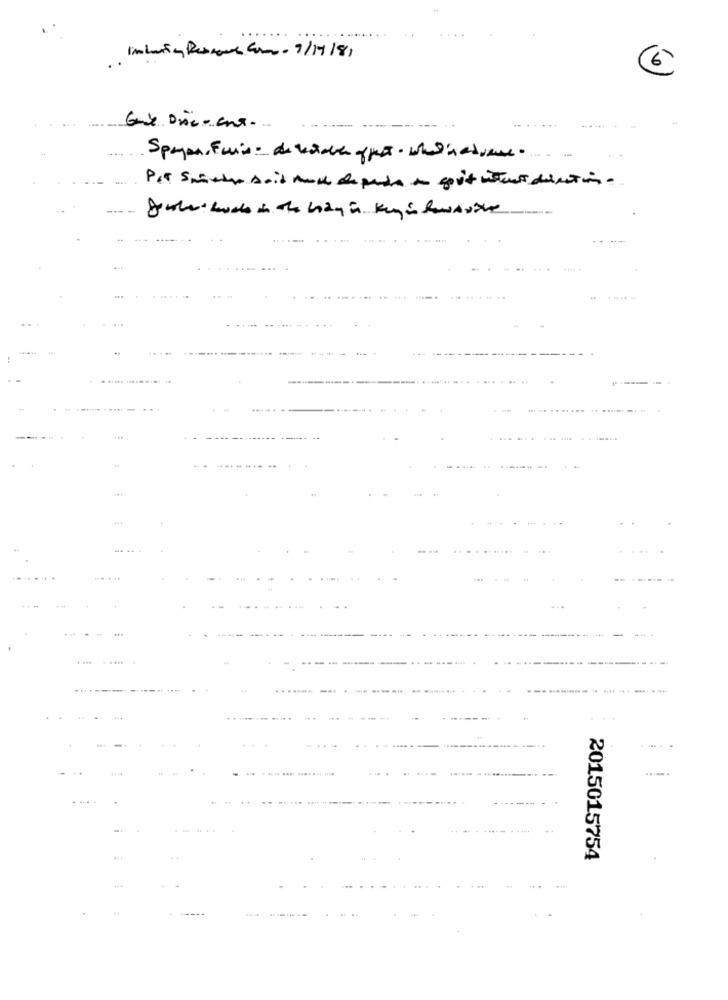
Spayan, Fais: de kaden offert. whileetvene.
-- -
Pat Smithe said hold depende a gov't isters diection .
-- -
.....
......
2015015754